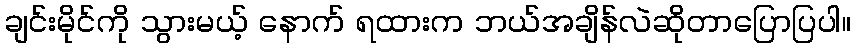
ချင်းမိုင်ကို သွားမယ့် နောက် ရထားက ဘယ်အချိန်လဲဆိုတာပြောပြပါ။